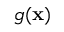
g ( \mathbf { x } )